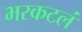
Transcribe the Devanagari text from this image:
भरकटलं